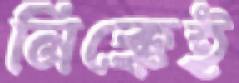
নিক্কেই